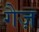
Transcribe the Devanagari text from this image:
गैज़